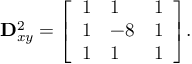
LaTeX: \mathbf { D } _ { x y } ^ { 2 } = { \left[ \begin{array} { l l l } { 1 } & { 1 } & { 1 } \\ { 1 } & { - 8 } & { 1 } \\ { 1 } & { 1 } & { 1 } \end{array} \right] } .